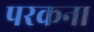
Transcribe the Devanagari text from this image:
परकना